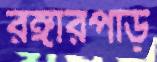
রঙ্গারপাড়